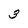
Character: 3